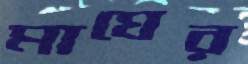
মাঘের